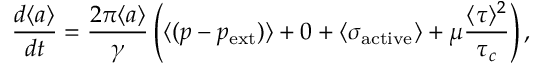
\frac { d \langle a \rangle } { d t } = \frac { 2 \pi \langle a \rangle } { \gamma } \left( \langle ( p - p _ { \mathrm { e x t } } ) \rangle + 0 + \langle \sigma _ { \mathrm { a c t i v e } } \rangle + \mu \frac { \langle \tau \rangle ^ { 2 } } { \tau _ { c } } \right) ,